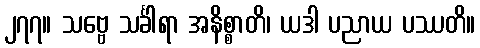
၂၇၇။ သဗ္ဗေ သင်္ခါရာ အနိစ္စာတိ၊ ယဒါ ပညာယ ပဿတိ။